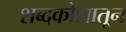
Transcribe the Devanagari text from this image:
शब्दकोशातून